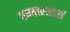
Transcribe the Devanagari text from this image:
एम्बास्सडर्स